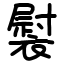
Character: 褽